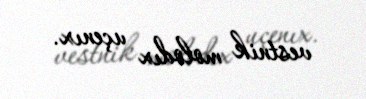
vestnik molodıx uçenıx.